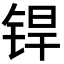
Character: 𬭍